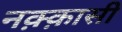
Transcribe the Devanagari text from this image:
नक़्क़ासी